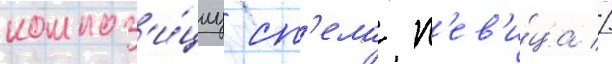
композ'и́циу сп'ела п'ев'и́ца //